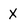
Character: X